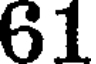
61